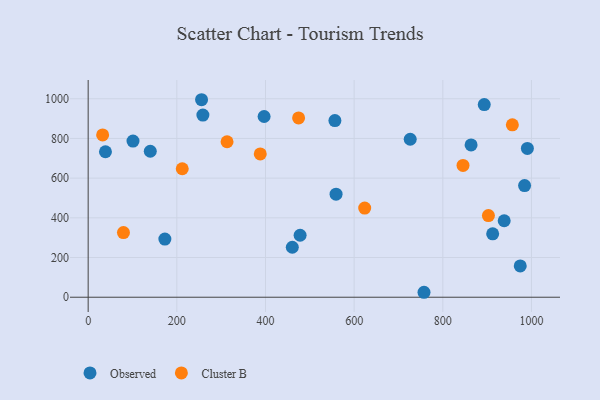
{"axis": {"x": "Engine Size", "y": "Exam Score"}, "legend": ["Cluster B", "Observed"], "data": [{"x": "39.0", "y": 733.0, "type": "Observed"}, {"x": "559.2", "y": 519.0, "type": "Observed"}, {"x": "974.7", "y": 157.7, "type": "Observed"}, {"x": "984.5", "y": 562.5, "type": "Observed"}, {"x": "757.6", "y": 24.9, "type": "Observed"}, {"x": "173.0", "y": 292.8, "type": "Observed"}, {"x": "990.8", "y": 749.6, "type": "Observed"}, {"x": "255.8", "y": 995.1, "type": "Observed"}, {"x": "460.5", "y": 251.7, "type": "Observed"}, {"x": "478.1", "y": 312.2, "type": "Observed"}, {"x": "726.5", "y": 795.9, "type": "Observed"}, {"x": "258.8", "y": 917.6, "type": "Observed"}, {"x": "863.8", "y": 767.6, "type": "Observed"}, {"x": "396.9", "y": 910.5, "type": "Observed"}, {"x": "893.5", "y": 970.9, "type": "Observed"}, {"x": "101.1", "y": 786.7, "type": "Observed"}, {"x": "140.1", "y": 735.6, "type": "Observed"}, {"x": "912.5", "y": 319.4, "type": "Observed"}, {"x": "556.6", "y": 890.1, "type": "Observed"}, {"x": "938.5", "y": 385.4, "type": "Observed"}, {"x": "212.2", "y": 647.4, "type": "Cluster B"}, {"x": "79.6", "y": 325.7, "type": "Cluster B"}, {"x": "902.9", "y": 411.6, "type": "Cluster B"}, {"x": "474.7", "y": 903.5, "type": "Cluster B"}, {"x": "313.3", "y": 783.4, "type": "Cluster B"}, {"x": "845.6", "y": 664.1, "type": "Cluster B"}, {"x": "388.2", "y": 721.9, "type": "Cluster B"}, {"x": "623.8", "y": 449.4, "type": "Cluster B"}, {"x": "956.9", "y": 868.4, "type": "Cluster B"}, {"x": "32.6", "y": 817.6, "type": "Cluster B"}]}